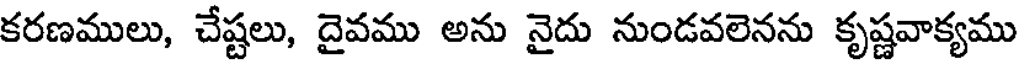
కరణములు, చేష్టలు, దైవము అను నైదు నుండవలెనను కృష్ణవాక్యము